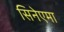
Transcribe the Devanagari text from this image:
सिनेएमा